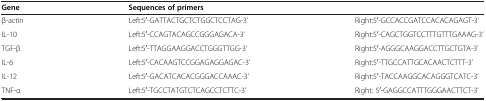
<table><thead><tr><td><b>Gene</b></td><td colspan="2"><b>Sequences of primers</b></td></tr></thead><tbody><tr><td>β-actin</td><td>Left:5<sup>′</sup>-GATTACTGCTCTGGCTCCTAG-3’</td><td>Right:5<sup>′</sup>-GCCACCGATCCACACAGAGT-3’</td></tr><tr><td>IL-10</td><td>Left:5<sup>′</sup>-CCAGTACAGCCGGGAGACA-3’</td><td>Right:5<sup>′</sup>-CAGCTGGTCCTTTGTTTGAAAG-3’</td></tr><tr><td>TGF-β</td><td>Left:5<sup>′</sup>-TTAGGAAGGACCTGGGTTGG-3’</td><td>Right:5<sup>′</sup>-AGGGCAAGGACCTTGCTGTA-3’</td></tr><tr><td>IL-6</td><td>Left:5<sup>′</sup>-CACAAGTCCGGAGAGGAGAC-3’</td><td>Right:5<sup>′</sup>-TTGCCATTGCACAACTCTTT-3’</td></tr><tr><td>IL-12</td><td>Left:5<sup>′</sup>-GACATCACACGGGACCAAAC-3’</td><td>Right:5<sup>′</sup>-TACCAAGGCACAGGGTCATC-3’</td></tr><tr><td>TNF-α</td><td>Left:5<sup>′</sup>-TGCCTATGTCTCAGCCTCTTC-3&#x27;</td><td>Right: 5<sup>′</sup>-GAGGCCATTTGGGAACTTCT-3&#x27;</td></tr></tbody></table>